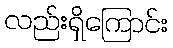
လည်းရှိကြောင်း